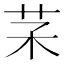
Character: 𦬽